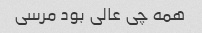
همه چی عالی بود مرسی